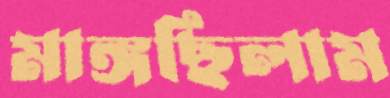
মাঙ্গছিলাম